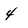
Character: 4